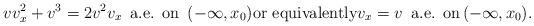
LaTeX: \begin{align*}vv_x^2+v^3=2v^2v_x \,\hbox{ a.e. on }\, (-\infty,x_0)\hbox{or equivalently} v_x=v \,\hbox{ a.e. on}\, (-\infty,x_0).\end{align*}